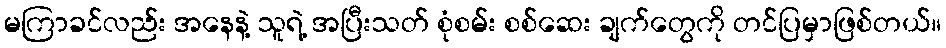
မကြာခင်လည်း အနေနဲ့ သူရဲ့ အပြီးသတ် စုံစမ်း စစ်ဆေး ချက်တွေကို တင်ပြမှာဖြစ်တယ်။